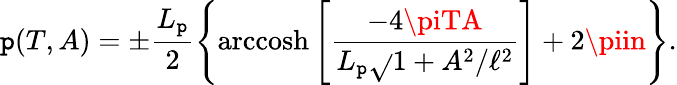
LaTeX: \mathtt{p}(T,A)=\pm\frac{{L_{\mathtt{p}}}}{{2}}\left\{ \mathrm{{arccosh}}\left[\frac{{-4\piTA}}{{L_{\mathtt{p}}\sqrt{}{{1+A^{2}/\ell^{2}}}}}\right]+2\piin\right\} .